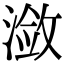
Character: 潋